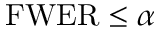
\mathrm { F W E R } \leq \alpha \, \!